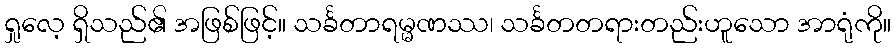
ရှုလေ့ ရှိသည်၏ အဖြစ်ဖြင့်။ သင်္ခတာရမ္မဏဿ၊ သင်္ခတတရားတည်းဟူသော အာရုံကို။